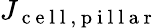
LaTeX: J_{\mathrm{~c~e~l~l~,~p~i~l~l~a~r~}}